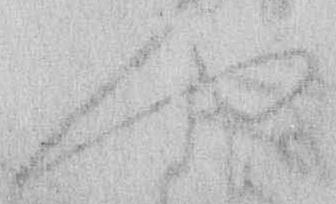
や